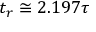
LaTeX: t _ { r } \cong 2 . 1 9 7 \tau